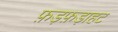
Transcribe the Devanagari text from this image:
फ़ड़फ़ड़ाहट